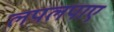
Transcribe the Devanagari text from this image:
लपलपाए